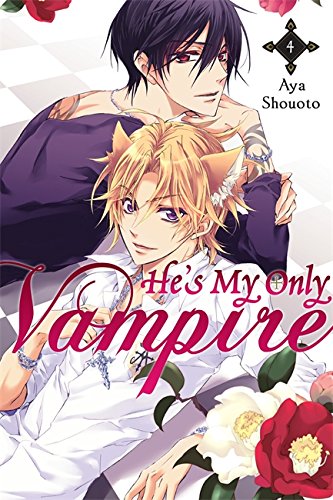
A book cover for He's My Only Vampire, Vol. 4; Aya Shouoto; Comics & Graphic Novels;